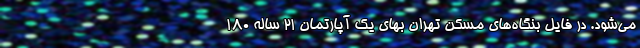
می‌شود. در فایل بنگاه‌های مسکن تهران بهای یک آپارتمان 21 ساله 180